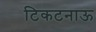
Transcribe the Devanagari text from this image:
टिकटनाऊ